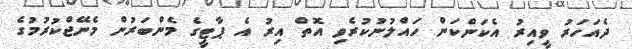
ދެއަހަރު ވީއިރު އެކަންކަން ހައްލުނުކުރެވި އޮތް އިރު އެ ޕާޓީގެ މެންބަރުން މެނޭޖްކުރުމުގެ